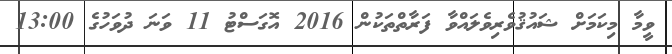
ވީމާ މިކަމަށް ޝައުޤުވެރިވެލައްވާ ފަރާތްތަކުން 2016 އޮގަސްޓު 11 ވަނަ ދުވަހުގެ 13:00